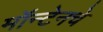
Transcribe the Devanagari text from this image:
मॉन्टेनचे